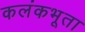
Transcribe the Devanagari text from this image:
कलंकभूता